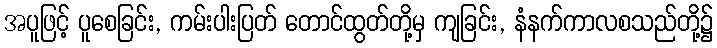
အပူဖြင့် ပူစေခြင်း, ကမ်းပါးပြတ် တောင်ထွတ်တို့မှ ကျခြင်း, နံနက်ကာလစသည်တို့၌